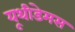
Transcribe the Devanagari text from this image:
यूथीडेमस